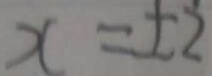
x = \pm 2